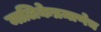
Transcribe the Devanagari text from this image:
मालिकेप्रमाणेच